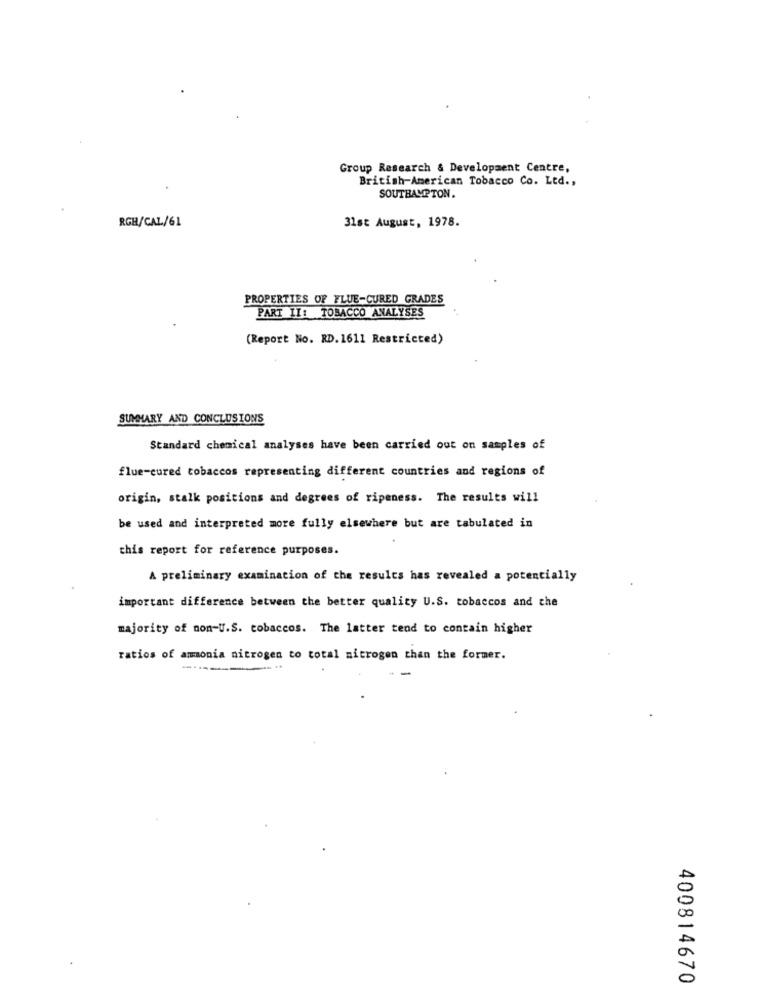
Group Research & Development Centre,
British American Tobacco Co. Ltd .,
SOUTHAMPTON.
RGE/CAL/61
31st August, 1978.
PROPERTIES OF FLUE-CURED GRADES
PART II: TOBACCO ANALYSES
(Report No. RD. 1611 Restricted)
SUMMARY AND CONCLUSIONS
Standard chemical analyses have been carried out on samples of
flue-cured tobaccos representing different countries and regions of
origin, stalk positions and degrees of ripeness. The results will
be used and interpreted more fully elsewhere but are tabulated in
this report for reference purposes.
A preliminary examination of the results has revealed a potentially
important difference between the better quality U.S. tobaccos and the
majority of non-U.S. tobaccos. The latter tend to contain higher
ratios of ammonia nitrogen to total nitrogen than the former.
....
00
0
400814670